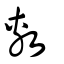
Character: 敷